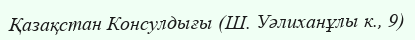
Қазақстан Консулдығы (Ш. Уәлиханұлы к., 9)